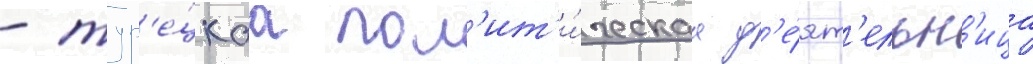
- тур'е́цкаа пол'ит'и́ческаа д'е́ят'ельн'ица